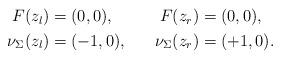
LaTeX: \begin{align*}\begin{alignedat}{3}F(z_l) &= (0,0), \phantom{xxx}& F(z_r) &= (0,0), \\\nu_\Sigma(z_l) &= (-1,0), \phantom{xxx}& \nu_\Sigma(z_r) &= (+1,0).\end{alignedat}\end{align*}